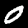
Digit: 0